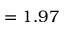
= 1 . 9 7